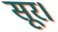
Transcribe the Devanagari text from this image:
सूर।